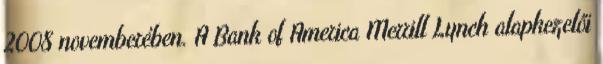
2008 novemberében. A Bank of America Merrill Lynch alapkezelői